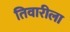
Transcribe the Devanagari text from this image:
तिवारीला